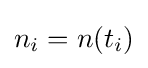
n_{i}=n(t_{i})